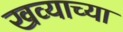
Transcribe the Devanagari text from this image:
खव्याच्या